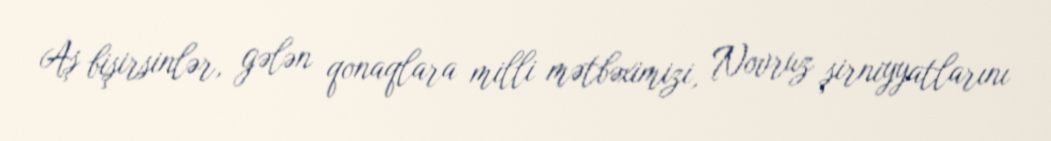
Aş bişirsinlər, gələn qonaqlara milli mətbəximizi, Novruz şirniyyatlarını